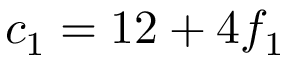
c _ { 1 } = 1 2 + 4 f _ { 1 }